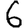
Digit: 6